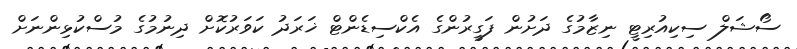
ސޯޝަލް ސިކިއުރިޓީ ނިޒާމުގެ ދަށުން ފަގީރުންގެ އެކްސިޑެންޓް ޚަރަދު ކަވަރުކޮށް ދިނުމުގެ މުސްކުޅިންނަށް